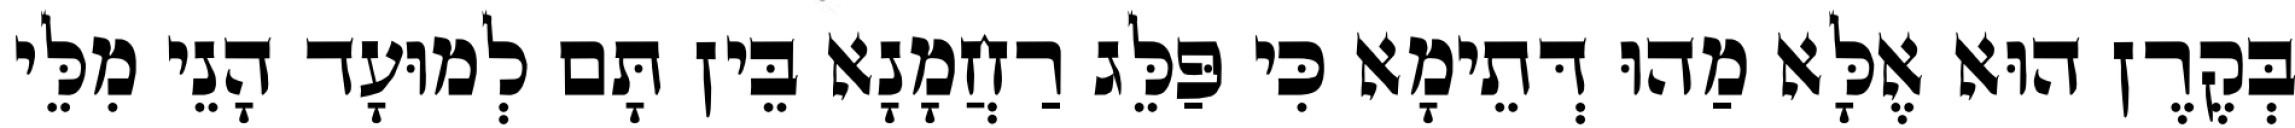
בְּקֶרֶן הוּא אֶלָּא מַהוּ דְּתֵימָא כִּי פַּלֵּג רַחֲמָנָא בֵּין תָּם לְמוּעָד הָנֵי מִלֵּי